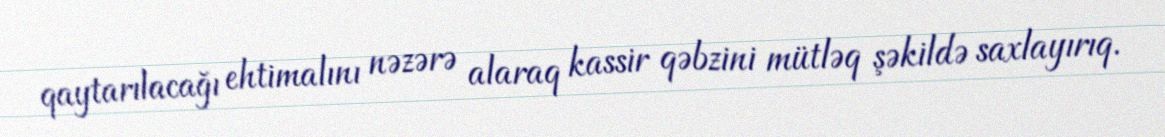
qaytarılacağı ehtimalını nəzərə alaraq kassir qəbzini mütləq şəkildə saxlayırıq.